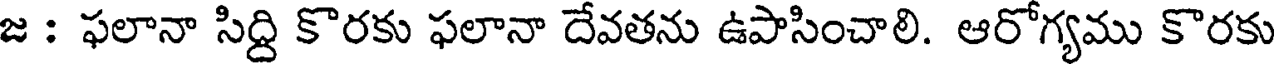
జ : ఫలానా సిద్ది కొరకు ఫలానా దేవతను ఉపాసించాలి. ఆరోగ్యము కొరకు